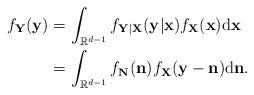
LaTeX: \begin{align*} f_\mathbf{Y}(\mathbf{y}) &= \int_{\mathbb{R}^{d-1}} f_{\mathbf{Y}|\mathbf{X}}(\mathbf{y}|\mathbf{x}) f_\mathbf{X}(\mathbf{x}) \mathrm{d}\mathbf{x} \\ &= \int_{\mathbb{R}^{d-1}} f_\mathbf{N}(\mathbf{n}) f_\mathbf{X}(\mathbf{y}-\mathbf{n}) \mathrm{d}\mathbf{n} .\end{align*}